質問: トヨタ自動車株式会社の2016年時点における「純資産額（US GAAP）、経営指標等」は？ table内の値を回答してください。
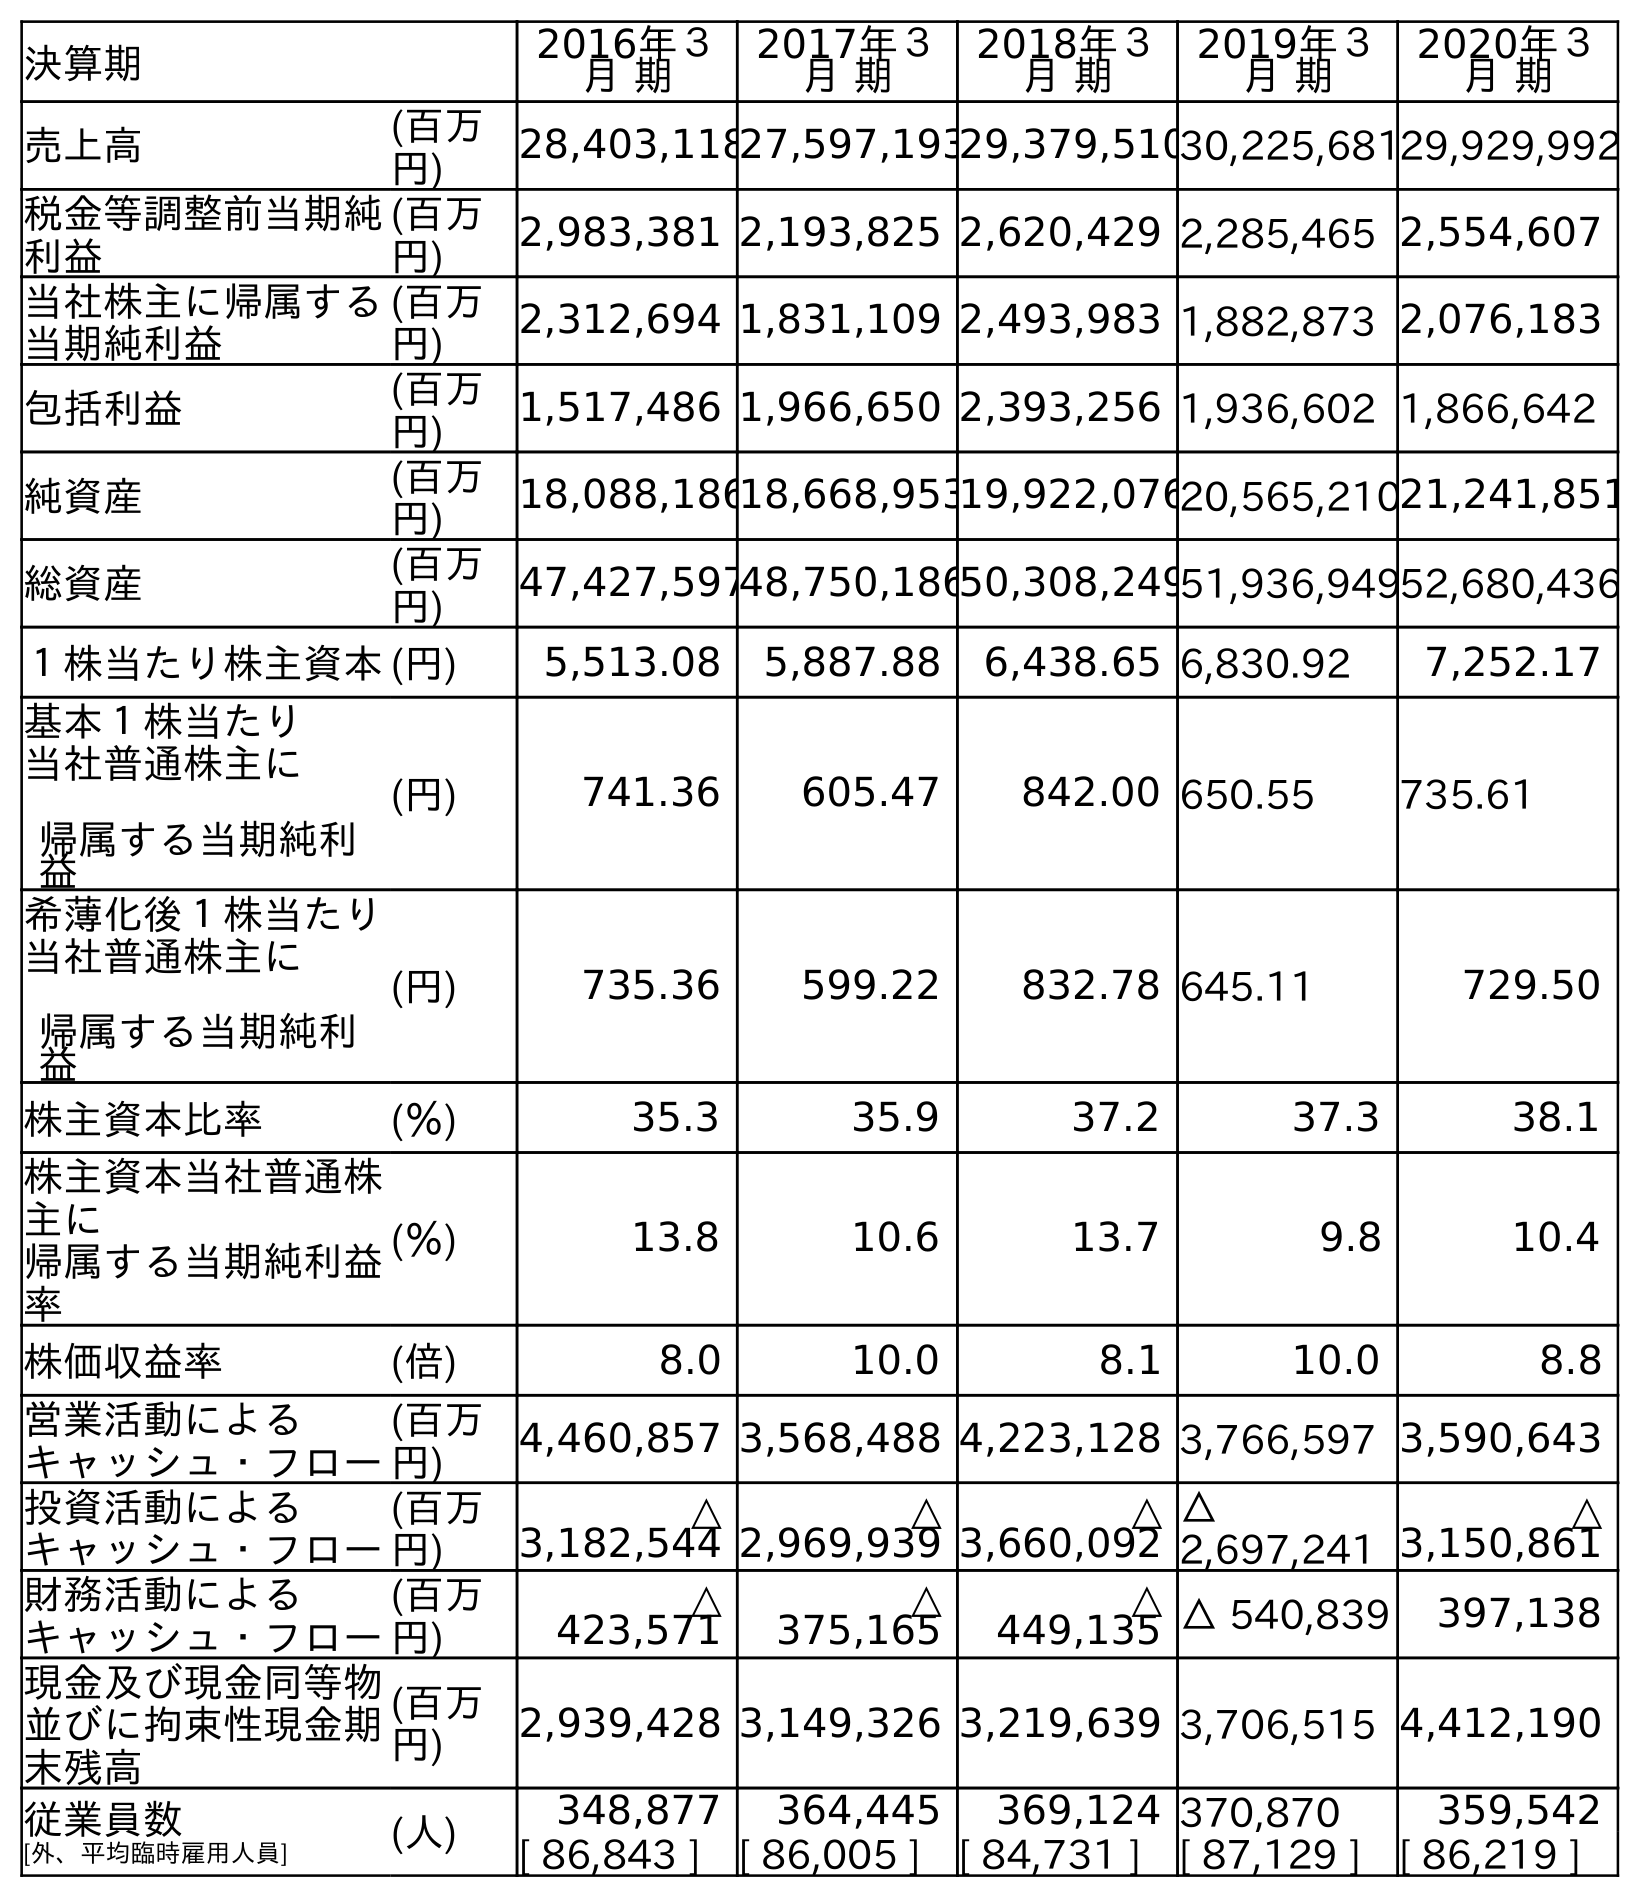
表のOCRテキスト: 決算期 2016年３ 月 期 2017年３ 月 期 2018年３ 月 期 2019年３ 月 期 2020年３ 月 期 売上高 (百万 円) 28,403,11827,597,19329,379,51030,225,68129,929,992 税金等調整前当期純 利益 (百万 円) 2,983,381 2,193,825 2,620,429 2,285,465 2,554,607 当社株主に帰属する 当期純利益 (百万 円) 2,312,694 1,831,109 2,493,983 1,882,873 2,076,183 包括利益 (百万 円) 1,517,486 1,966,650 2,393,256 1,936,602 1,866,642 純資産 (百万 円) 18,088,18618,668,95319,922,07620,565,21021,241,851 総資産 (百万 円) 47,427,59748,750,18650,308,24951,936,94952,680,436 １株当たり株主資本(円) 5,513.08 5,887.88 6,438.65 6,830.92 7,252.17 基本１株当たり 当社普通株主に 帰属する当期純利 益 (円) 741.36 605.47 842.00 650.55 735.61 希薄化後１株当たり 当社普通株主に 帰属する当期純利 益 (円) 735.36 599.22 832.78 645.11 729.50 株主資本比率 (％) 35.3 35.9 37.2 37.3 38.1 株主資本当社普通株 主に 帰属する当期純利益 率 (％) 13.8 10.6 13.7 9.8 10.4 株価収益率 (倍) 8.0 10.0 8.1 10.0 8.8 営業活動による キャッシュ・フロー (百万 円) 4,460,857 3,568,488 4,223,128 3,766,597 3,590,643 投資活動による キャッシュ・フロー (百万 円) △ 3,182,544 △ 2,969,939 △ 3,660,092 △ 2,697,241 △ 3,150,861 財務活動による キャッシュ・フロー (百万 円) △ 423,571 △ 375,165 △ 449,135 △ 540,839 397,138 現金及び現金同等物 並びに拘束性現金期 末残高 (百万 円) 2,939,428 3,149,326 3,219,639 3,706,515 4,412,190 従業員数 [外、平均臨時雇用人員] (人) 348,877 364,445 369,124 370,870 359,542 [ 86,843 ] [ 86,005 ] [ 84,731 ] [ 87,129 ] [ 86,219 ]
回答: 18,088,186